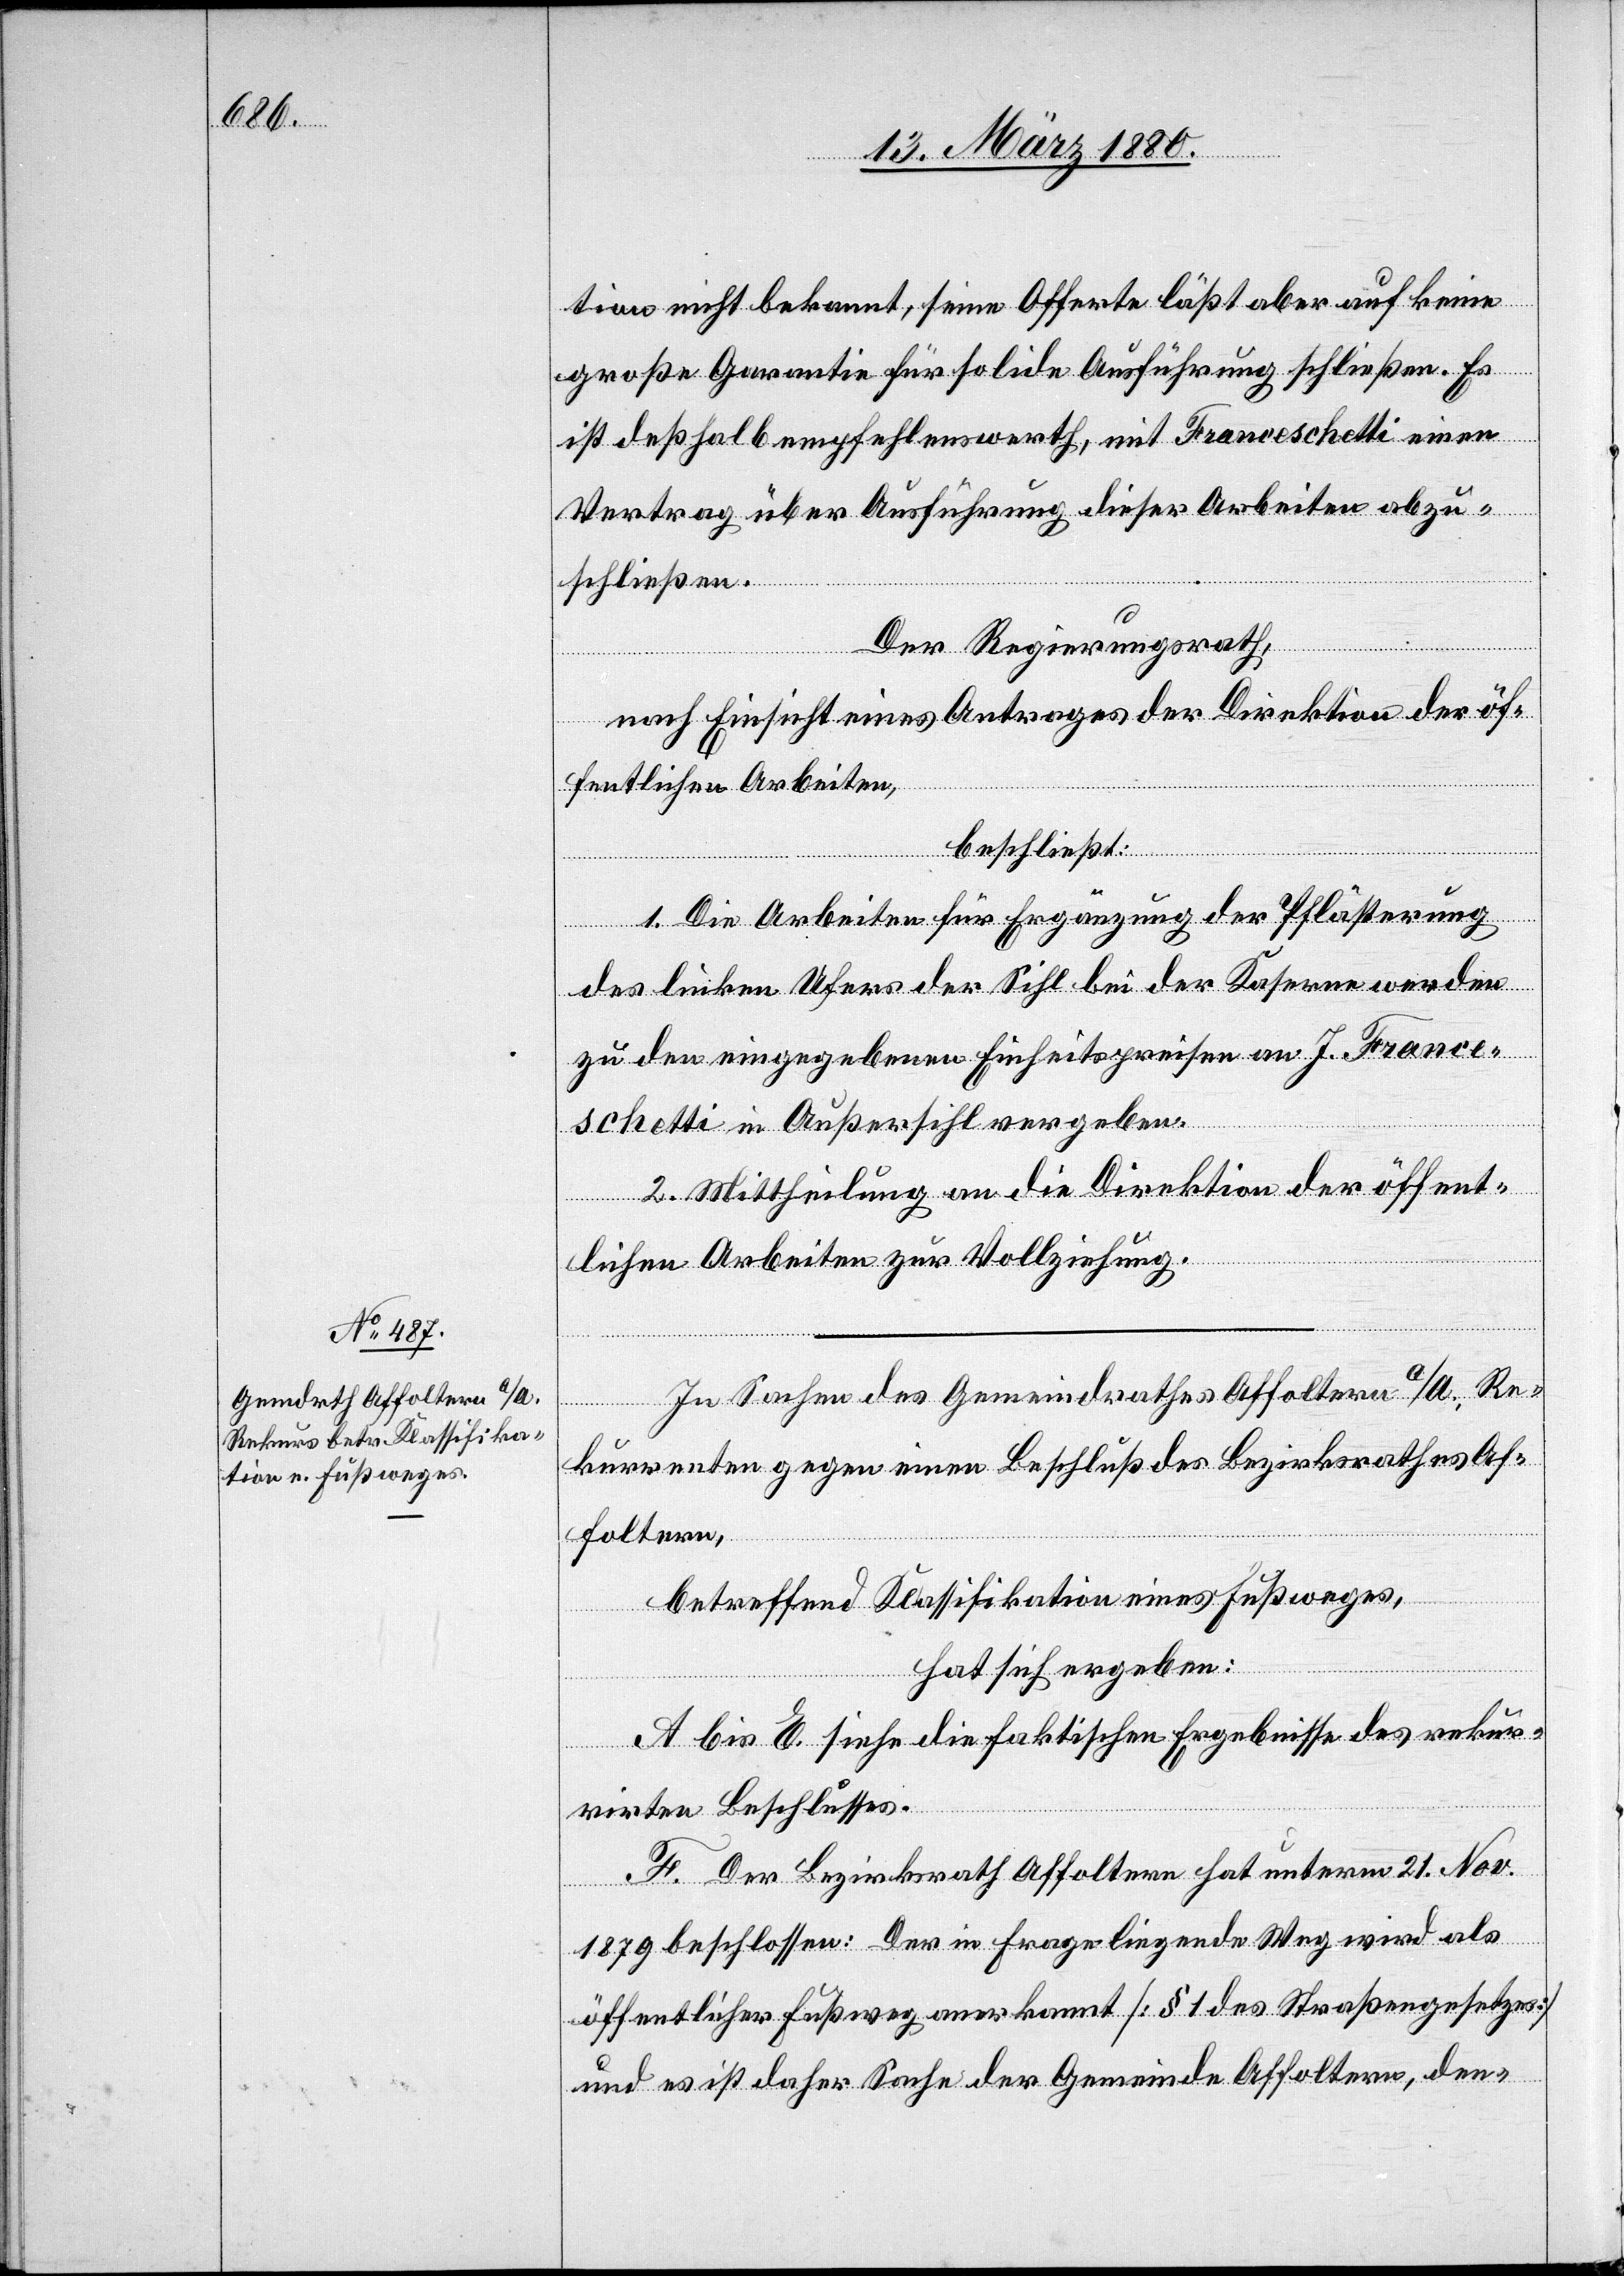
tion nicht bekannt, seine Offerte läßt aber auf keine
große Garantie für solide Ausführung schließen. Es
ist deßhalb empfehlenswerth, mit Franceschetti einen
Vertrag über Ausführung dieser Arbeiten abzu¬
schließen.
Der Regierungsrath,
nach Einsicht eines Antrages der Direktion der öf¬
fentlichen Arbeiten,
beschließt:
1. Die Arbeiten für Ergänzung der Pflästerung
des linken Ufers der Sihl bei der Kaserne werden
zu den eingegebenen Einheitspreisen an J. France¬
schetti in Außersihl vergeben.
2. Mittheilung an die Direktion der öffent¬
lichen Arbeiten zur Vollziehung.
In Sachen des Gemeidnrathes Affoltern a/A., Re¬
kurrenten gegen einen Beschluß des Bezirksrathes Af¬
foltern,
betreffend Klassifikation eines Fußweges,
hat sich ergeben:
A bis E. siehe die faktischen Ergebnisse des rekur¬
rirten Beschlusses.
F. Der Bezirksrath Affoltern hat unterm 21. Nov.
1879 beschlossen: Der in Frage liegende Weg wird als
öffentlicher Fußweg anerkannt [§ 1 des Straßengesetzes]
und es ist daher Sache der Gemeinde Affoltern, den-